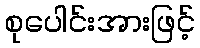
စုပေါင်းအားဖြင့်